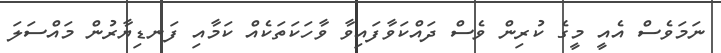
ނަމަވެސް އެއީ މީގެ ކުރިން ވެސް ދައްކަވާފައިވާ ވާހަކަތަކެއް ކަމާއި ފަނޑިޔާރުން މައްސަލަ